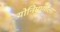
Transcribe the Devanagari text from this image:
योनिमार्गाला